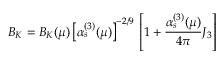
B _ { K } = B _ { K } ( \mu ) \left[ \alpha _ { s } ^ { ( 3 ) } ( \mu ) \right] ^ { - 2 / 9 } \, \left[ 1 + \frac { \alpha _ { s } ^ { ( 3 ) } ( \mu ) } { 4 \pi } J _ { 3 } \right]